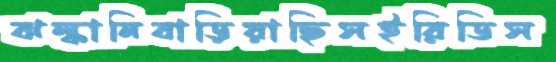
ঝল্কানিবাড়িয়াছিসইরিডিস